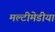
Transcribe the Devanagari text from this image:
मल्टीमेडीया